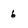
Character: 6